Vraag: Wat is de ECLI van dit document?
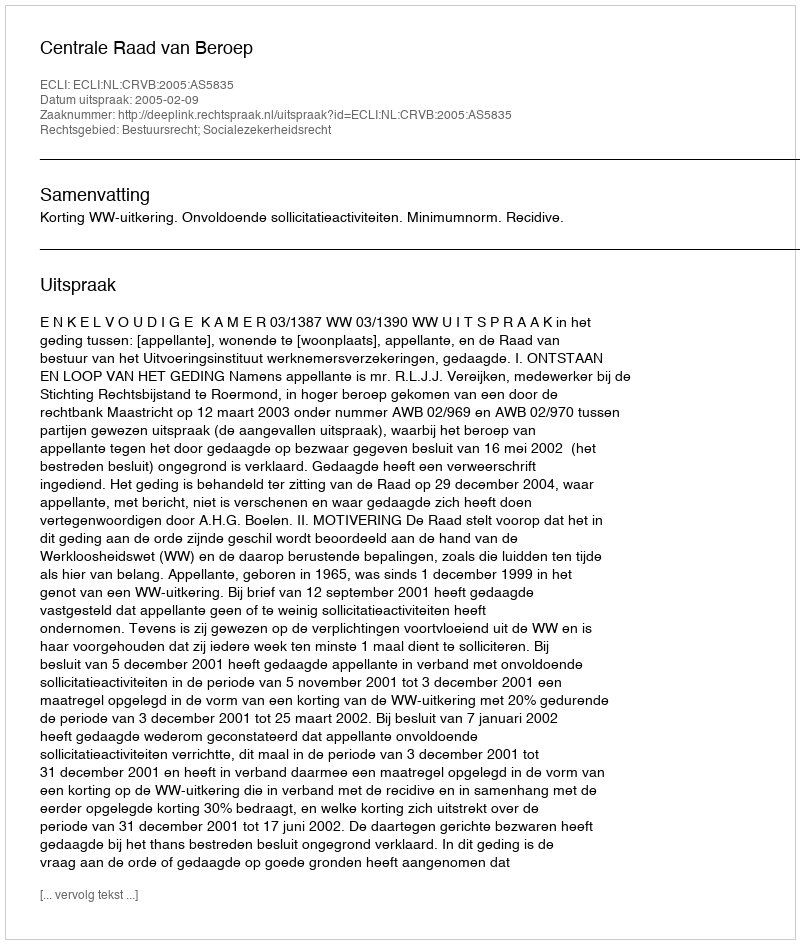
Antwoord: ECLI:NL:CRVB:2005:AS5835